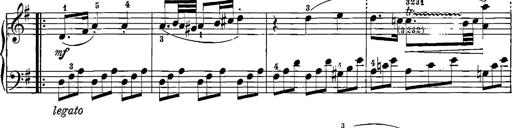
Title: 12 Sonatinas
Composer: Ignaz Pleyel